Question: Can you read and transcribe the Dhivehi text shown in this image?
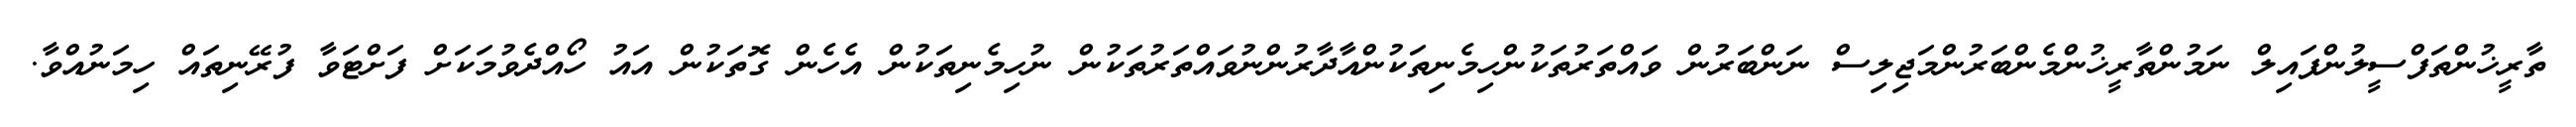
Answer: ތާރީޚުންތަފްސީލުންފައިލް ނަމުންތާރީޚުންމެންބަރުންމަޖިލިސް ނަންބަރުން ވައްތަރުތަކުންހިމެނިތަކުންއާދާރުންނުވައްތަރުތަކުން ނުހިމެނިތަކުން އެހެން ގޮތަކުން އައު ހޯއްދެވުމަކަށް ފަށްޓަވާ ފުރޭނިތައް ހިމަނުއްވާ.